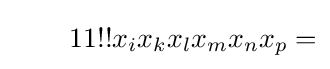
\qquad 11!!x_{i}x_{k}x_{l}x_{m}x_{n}x_{p}=